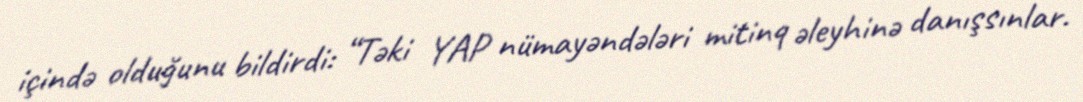
içində olduğunu bildirdi: “Təki YAP nümayəndələri mitinq əleyhinə danışsınlar.